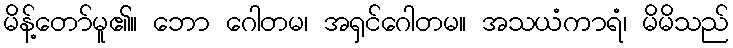
မိန့်တော်မူ၏။ ဘော ဂေါတမ၊ အရှင်ဂေါတမ။ အသယံကာရံ၊ မိမိသည်